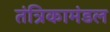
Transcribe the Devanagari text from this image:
तंत्रिकामंडल